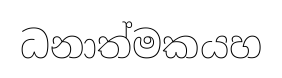
ධනාත්මකයහ